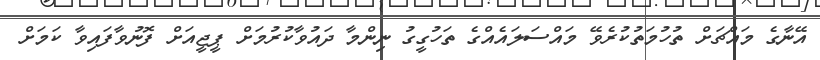
އޭނާގެ މައްޗަށް ތުހުމަތުކުރެވޭ މައްސަލައެއްގެ ތަހުގީގު ނިންމާ ދައުވާކުރުމަށް ޕީޖީއަށް ފޮނުވާފައިވާ ކަމަށް